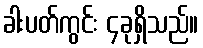
ခါးပတ်ကွင်း ၄ခုရှိသည်။